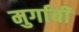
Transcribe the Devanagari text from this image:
मुर्गाबी